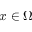
x \in \Omega